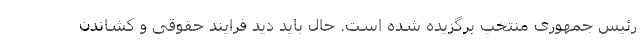
رئیس جمهوری منتخب برگزیده شده است. حال باید دید فرایند حقوقی و کشاندن